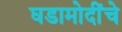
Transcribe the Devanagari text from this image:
घडामोदींचे